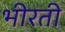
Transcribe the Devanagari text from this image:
भीरती